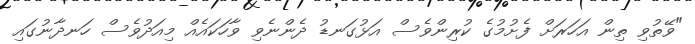
"ވޭތުވި ތިން އަހަރަށް ފެށުމުގެ ކުރިންވެސް އަޅުގަނޑު ދެންނެވި ވާހަކައެއް މިއަދުވެސް ހަނދާނުގައި